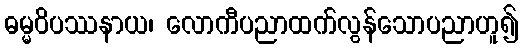
ဓမ္မဝိပဿနာယ၊ လောကီပညာထက်လွန်သောပညာဟူ၍